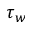
\tau _ { w }